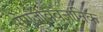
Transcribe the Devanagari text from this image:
रोगजीववैज्ञानिक